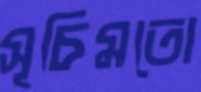
সূচিমতো